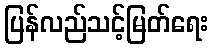
ပြန်လည်သင့်မြတ်ရေး